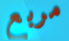
مربع